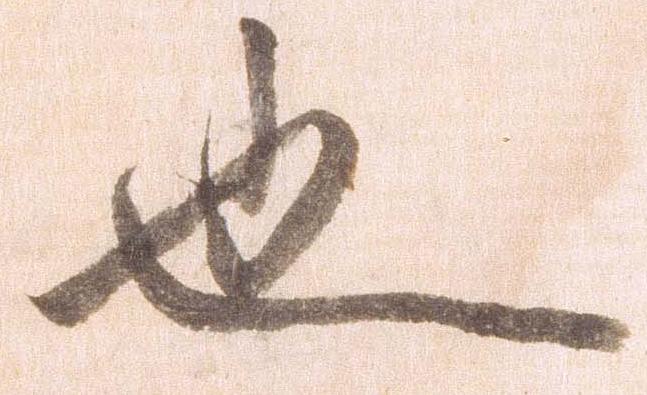
也